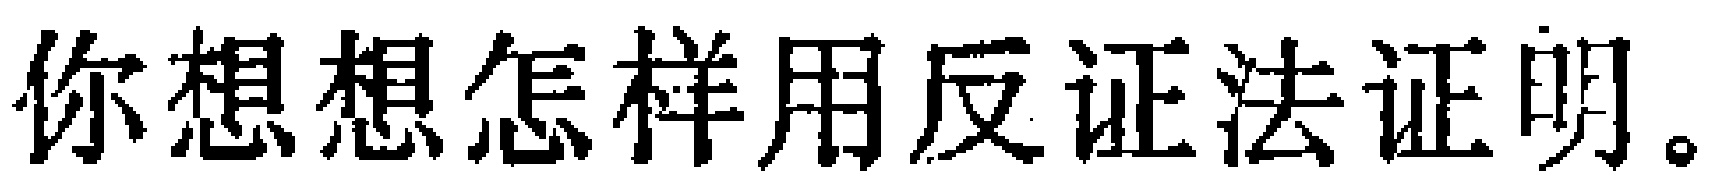
你想想怎样用反证法证明。